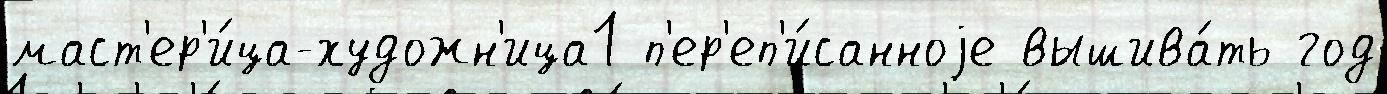
маст'ер'и́ца-художн'ица1 п'ер'еп'и́санноjе вышива́ть год